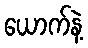
ယောက်နဲ့